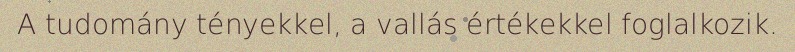
A tudomány tényekkel, a vallás értékekkel foglalkozik.